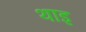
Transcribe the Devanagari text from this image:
थाइ